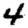
Digit: 4